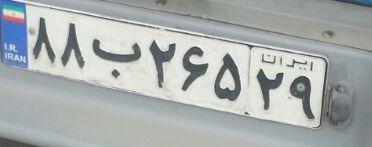
۸۸ب۲۶۵۲۹